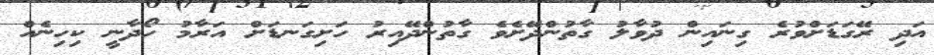
އަދި ރޭގަޑަށްވުރެ ގިނައިން ދުވާލު ގާތުންދޭށެވެ ގާތުންދޭއިރު ހަށިގަނޑަށް އަރާމު ހޯދާނީ ކިހިނެއް